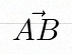
\vec{AB}